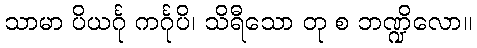
သာမာ ပိယင်္ဂု ကင်္ဂုပိ၊ သိရီသော တု စ ဘဏ္ဍိလော။